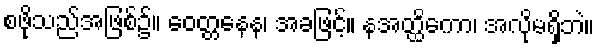
စဖိုသည်အဖြစ်၌။ ဝေတ္တနေန၊ အခဖြင့်။ နအတ္ထိကော၊ အလိုမရှိဘဲ။